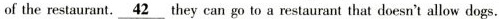
of the restaurant.\underline{42}they can go to a restaurant that doesn't allow dogs.